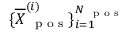
\{ \overline { { \boldsymbol X } } _ { \mathrm { ~ \scriptsize ~ p ~ o ~ s ~ } } ^ { ( i ) } \} _ { i = 1 } ^ { N _ { \mathrm { ~ \scriptsize ~ p ~ o ~ s ~ } } }